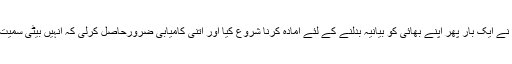
چنانچہ میاں شہباز شریف نے ایک بار پھر اپنے بھائی کو بیانیہ بدلنے کے لئے آمادہ کرنا شروع کیا اور اتنی کامیابی ضرورحاصل کرلی کہ انہیں بیٹی سمیت زبان بندی پر آمادہ کرلیا۔